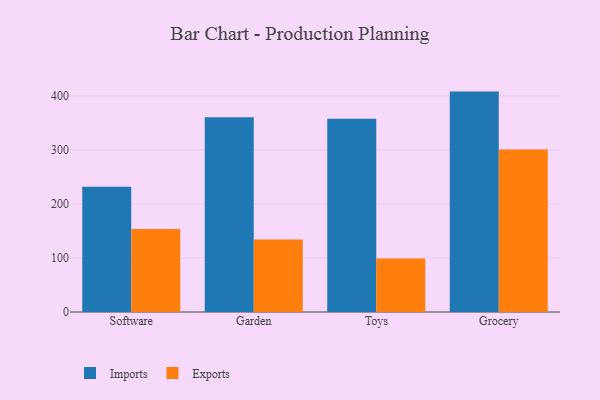
{"axis": {"x": "Category", "y": "Demand Index"}, "legend": ["Exports", "Imports"], "data": [{"x": "Software", "y": 231.9, "type": "Imports"}, {"x": "Software", "y": 153.5, "type": "Exports"}, {"x": "Garden", "y": 360.5, "type": "Imports"}, {"x": "Garden", "y": 134.1, "type": "Exports"}, {"x": "Toys", "y": 357.7, "type": "Imports"}, {"x": "Toys", "y": 99.1, "type": "Exports"}, {"x": "Grocery", "y": 408.0, "type": "Imports"}, {"x": "Grocery", "y": 301.0, "type": "Exports"}]}